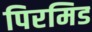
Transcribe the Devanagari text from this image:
पिरमिड